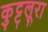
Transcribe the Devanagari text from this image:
कुट्टलूरा